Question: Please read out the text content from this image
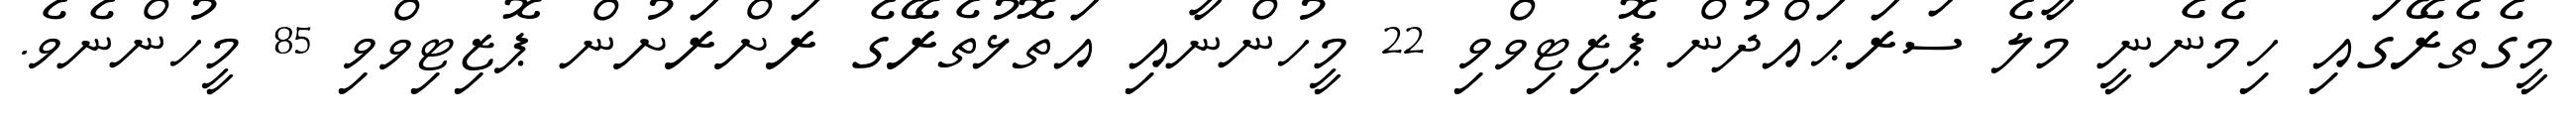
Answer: މީގެތެރޭގައި ހިމެނެނީ މާލެ ސަރަޙައްދުން ޕޮޒިޓިވްވި 22 މީހުންނާއި އަތޮޅުތެރޭގެ ރަށްރަށުން ޕޮޒިޓިވްވި 85 މީހުންނެވެ.